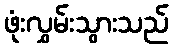
ဖုံးလွှမ်းသွားသည်